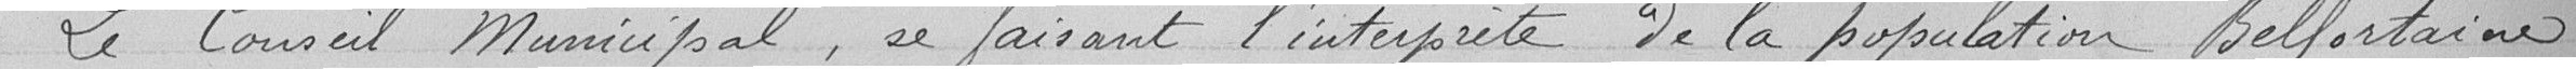
Le Conseil Municipal, en faisant l'interprète de la population Belfortaine